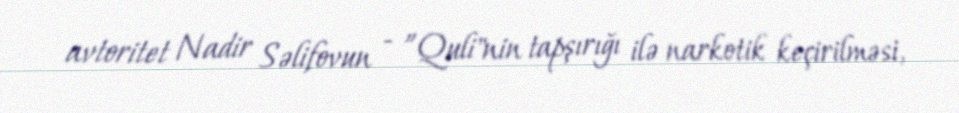
avtoritet Nadir Səlifovun - ”Quli"nin tapşırığı ilə narkotik keçirilməsi,